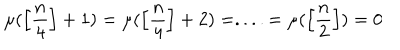
\mu ( \left[ \frac { n } { 4 } \right] + 1 ) = \mu ( \left[ \frac { n } { 4 } \right] + 2 ) = . . . . = \mu ( \left[ \frac { n } { 2 } \right] ) = 0